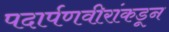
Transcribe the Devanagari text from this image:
पदार्पणवीरांकडून